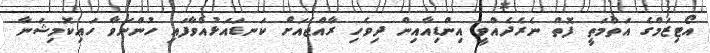
އޯޓިޒަމްގެ އަތްމަތީ ފޮތް ނެރެދެއްވީ އިންޑިއާއިން ދިވެހި ރާއްޖެއަށް ކަނޑައަޅުއްވާފައި ހުންނަވާ ހައިކޮމިޝަނާ